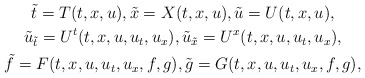
\begin{gather*}\tilde t=T(t,x,u),\tilde x=X(t,x,u),\tilde u=U(t,x,u),\\\tilde u_{\tilde t}=U^t(t,x,u,u_t,u_x),\tilde u_{\tilde x}=U^x(t,x,u,u_t,u_x),\\\tilde f=F(t,x,u,u_t,u_x,f,g),\tilde g=G(t,x,u,u_t,u_x,f,g),\end{gather*}